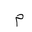
Letter: _mim